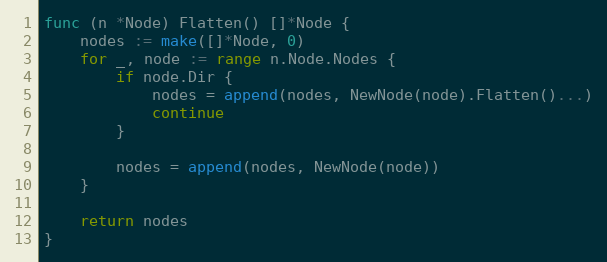
Language: Go
func (n *Node) Flatten() []*Node {
	nodes := make([]*Node, 0)
	for _, node := range n.Node.Nodes {
		if node.Dir {
			nodes = append(nodes, NewNode(node).Flatten()...)
			continue
		}

		nodes = append(nodes, NewNode(node))
	}

	return nodes
}